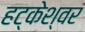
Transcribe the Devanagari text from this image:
हट्केश्वर